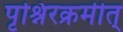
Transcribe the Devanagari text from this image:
पृश्निरक्रमीत्